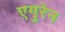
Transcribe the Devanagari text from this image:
एगुरेन